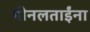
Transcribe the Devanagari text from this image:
मीनलताईंना